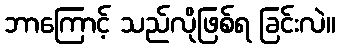
ဘာကြောင့် သည်လိုဖြစ်ရ ခြင်းလဲ။